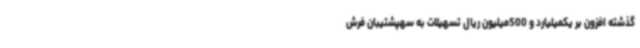
گذشته افزون بر یکمیلیارد و 500میلیون ریال تسهیلات به سهپشتیبان فرش